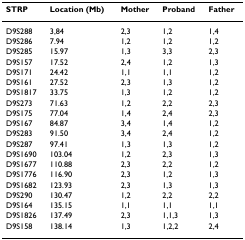
| STRP | Location (Mb) | Mother | Proband | Father |
 | --- | --- | --- | --- | --- |
 | D9S288 | 3,84 | 2,3 | 1,2 | 1,4 |
 | D9S286 | 7.94 | 1,2 | 1,2 | 1,2 |
 | D9S285 | 15.97 | 1,3 | 3,3 | 2,3 |
 | D9S157 | 17.52 | 2,4 | 1,2 | 1,3 |
 | D9S171 | 24.42 | 1,1 | 1,1 | 1,2 |
 | D9S161 | 27.52 | 2,3 | 1,3 | 1,2 |
 | D9S1817 | 33.75 | 1,3 | 1,2 | 1,2 |
 | D9S273 | 71.63 | 1,2 | 2,2 | 2,3 |
 | D9S175 | 77.04 | 1,4 | 2,4 | 2,3 |
 | D9S167 | 84.87 | 3,4 | 1,4 | 1,2 |
 | D9S283 | 91.50 | 3,4 | 2,4 | 1,2 |
 | D9S287 | 97.41 | 1,3 | 1,3 | 1,2 |
 | D9S1690 | 103.04 | 1,2 | 2,3 | 1,3 |
 | D9S1677 | 110.88 | 2,3 | 2,2 | 1,2 |
 | D9S1776 | 116.90 | 2,3 | 1,2 | 1,3 |
 | D9S1682 | 123.93 | 2,3 | 1,3 | 1,3 |
 | D9S290 | 130.47 | 1,2 | 2,2 | 2,2 |
 | D9S164 | 135.15 | 1,1 | 1,1 | 1,1 |
 | D9S1826 | 137.49 | 2,3 | 1,1,3 | 1,3 |
 | D9S158 | 138.14 | 1,3 | 1,2,2 | 2,4 |